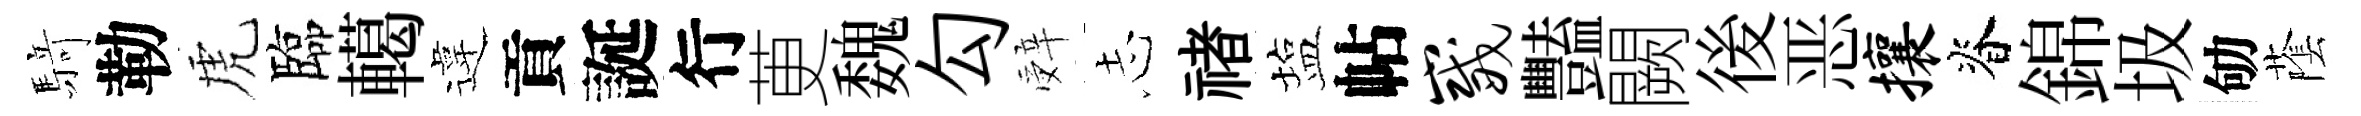
𮪍勒虎臨轕違貢誕行茰魏勾辤𢖽禇塩帖崴豔闕後恶攘脊錦圾劬䕃